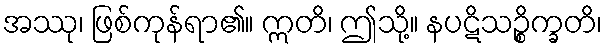
အဿု၊ ဖြစ်ကုန်ရာ၏။ ဣတိ၊ ဤသို့။ နပဋိသဉ္စိက္ခတိ၊